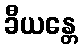
ခီယန္တေ